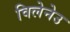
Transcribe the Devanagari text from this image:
विलेनेउ